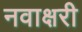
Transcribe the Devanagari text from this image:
नवाक्षरी